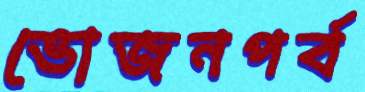
ভোজনপর্ব